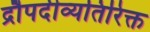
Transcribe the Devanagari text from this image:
द्रौपदीव्यतिरिक्त